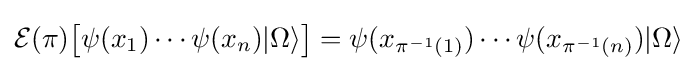
{\mathcal {E}}(\pi ){\big [}\psi (x_{1})\cdots \psi (x_{n})|\Omega \rangle {\big ]}=\psi (x_{\pi ^{-1}(1)})\cdots \psi (x_{\pi ^{-1}(n)})|\Omega \rangle